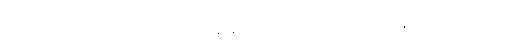
အဲဒီလို သစ်ပင် သစ်မြစ်တွေရဲ့ ထိန်းချုပ်ထားမှု မရှိတော့တဲ့ မြေဆိုင်မြေသားတွေဟာ